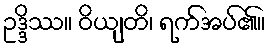
ဥဒ္ဒိဿ။ ဝိယျတိ၊ ရက်အပ်၏။